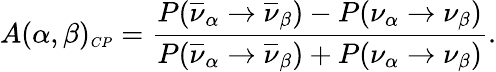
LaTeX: A(\alpha,\beta)_{\scriptsize CP}=\frac{P(\overline{{{\nu}}}_{\alpha}\rightarrow\overline{{{\nu}}}_{\beta})-P(\nu_{\alpha}\rightarrow\nu_{\beta})}{P(\overline{{{\nu}}}_{\alpha}\rightarrow\overline{{{\nu}}}_{\beta})+P(\nu_{\alpha}\rightarrow\nu_{\beta})}.